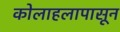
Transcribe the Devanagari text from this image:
कोलाहलापासून